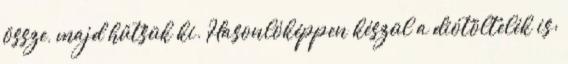
össze, majd hűtsük ki. Hasonlóképpen készül a diótöltelék is: